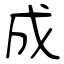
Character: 成